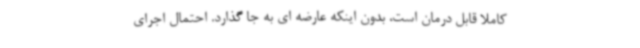
کاملا قابل درمان است، بدون اینکه عارضه ای به جا گذارد. احتمال اجرای